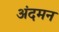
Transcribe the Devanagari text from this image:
अंदमन